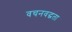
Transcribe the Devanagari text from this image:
वचनवद्धता